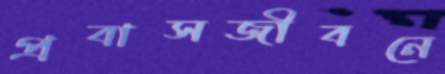
প্রবাসজীবনে